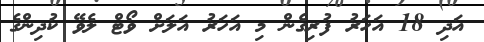
އަދި 18 އަހަރު ފުރިގެން މި އަހަރު އަލަށް ވޯޓް ލެވޭ ކުދިންގެ